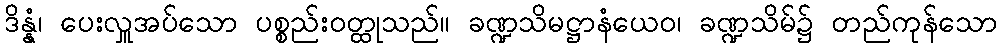
ဒိန္နံ၊ ပေးလှူအပ်သော ပစ္စည်းဝတ္ထုသည်။ ခဏ္ဍသိမဋ္ဌာနံယေဝ၊ ခဏ္ဍသိမ်၌ တည်ကုန်သော